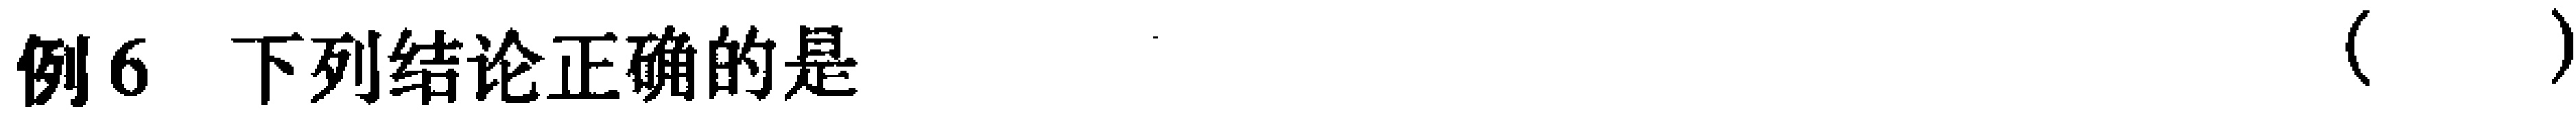
例6 下列结论正确的是（  ）